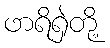
ဖာရိရှဲတို့